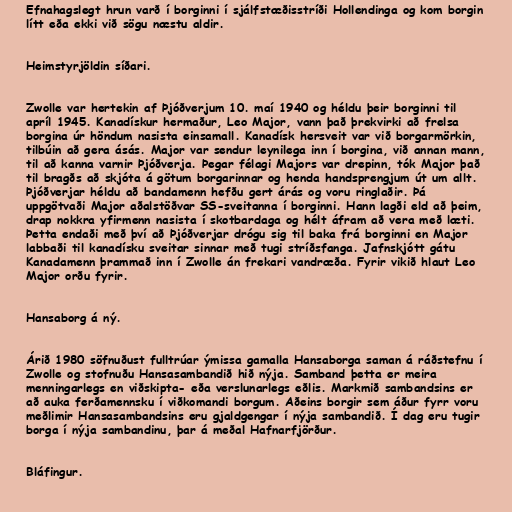
Efnahagslegt hrun varð í borginni í sjálfstæðisstríði Hollendinga og kom borgin
lítt eða ekki við sögu næstu aldir.

Heimstyrjöldin síðari.

Zwolle var hertekin af Þjóðverjum 10. maí 1940 og héldu þeir borginni til
apríl 1945. Kanadískur hermaður, Leo Major, vann það þrekvirki að frelsa
borgina úr höndum nasista einsamall. Kanadísk hersveit var við borgarmörkin,
tilbúin að gera ásás. Major var sendur leynilega inn í borgina, við annan mann,
til að kanna varnir Þjóðverja. Þegar félagi Majors var drepinn, tók Major það
til bragðs að skjóta á götum borgarinnar og henda handsprengjum út um allt.
Þjóðverjar héldu að bandamenn hefðu gert árás og voru ringlaðir. Þá
uppgötvaði Major aðalstöðvar SS-sveitanna í borginni. Hann lagði eld að þeim,
drap nokkra yfirmenn nasista í skotbardaga og hélt áfram að vera með læti.
Þetta endaði með því að Þjóðverjar drógu sig til baka frá borginni en Major
labbaði til kanadísku sveitar sinnar með tugi stríðsfanga. Jafnskjótt gátu
Kanadamenn þrammað inn í Zwolle án frekari vandræða. Fyrir vikið hlaut Leo
Major orðu fyrir.

Hansaborg á ný.

Árið 1980 söfnuðust fulltrúar ýmissa gamalla Hansaborga saman á ráðstefnu í
Zwolle og stofnuðu Hansasambandið hið nýja. Samband þetta er meira
menningarlegs en viðskipta- eða verslunarlegs eðlis. Markmið sambandsins er
að auka ferðamennsku í viðkomandi borgum. Aðeins borgir sem áður fyrr voru
meðlimir Hansasambandsins eru gjaldgengar í nýja sambandið. Í dag eru tugir
borga í nýja sambandinu, þar á meðal Hafnarfjörður.

Bláfingur.